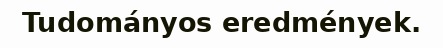
Tudományos eredmények.